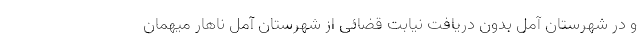
و در شهرستان آمل بدون دریافت نیابت قضائی از شهرستان آمل ناهار میهمان